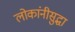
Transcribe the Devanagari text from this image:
लोकांनीसुद्धा